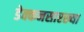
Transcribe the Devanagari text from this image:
डेक्कनसारख्या